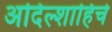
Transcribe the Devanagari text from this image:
अदिल्शाहिचे